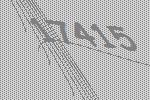
17415